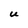
Character: U